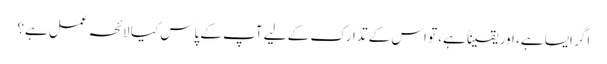
اگر ایسا ہے، اور یقیناً ہے، تو اس کے تدارک کے لیے آپ کے پاس کیا لائحہ عمل ہے؟